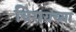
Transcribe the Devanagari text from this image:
चिरायच्या